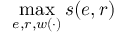
\operatorname* { m a x } _ { e , r , w ( \cdot ) } s ( e , r )